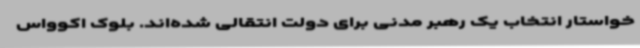
خواستار انتخاب یک رهبر مدنی برای دولت انتقالی شده‌اند. بلوک اکوواس